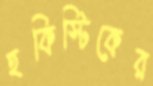
হকিস্টিকের